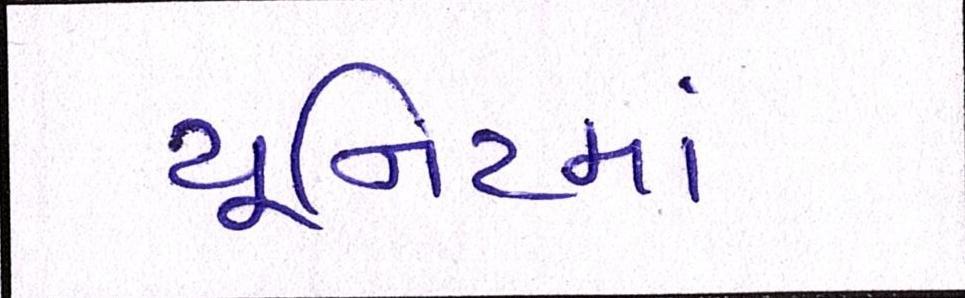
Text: યૂનિટમાં